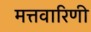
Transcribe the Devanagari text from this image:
मत्तवारिणी